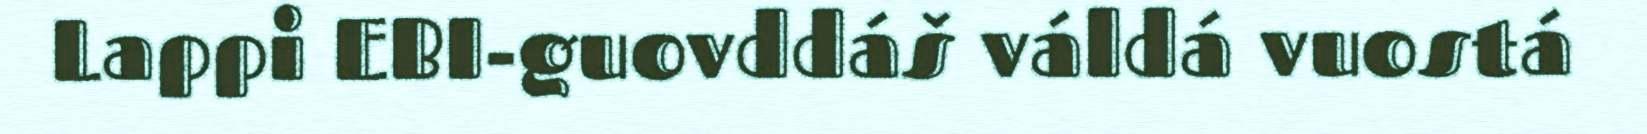
Lappi EBI-guovddáš váldá vuostá